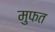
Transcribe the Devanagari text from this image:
मुफत